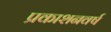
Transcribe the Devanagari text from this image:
प्रकाशनवर्ष